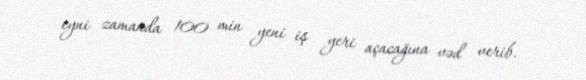
eyni zamanda 100 min yeni iş yeri açacağına vəd verib.